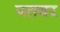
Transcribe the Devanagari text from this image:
पतवर